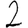
Digit: 2